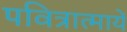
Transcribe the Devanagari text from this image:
पवित्रात्मायें